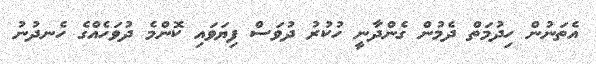
އެތަނުން ހިދުމަތް ދެމުން ގެންދާނީ ހުކުރު ދުވަސް ފިޔަވައި ކޮންމެ ދުވަހެއްގެ ހެނދުނު